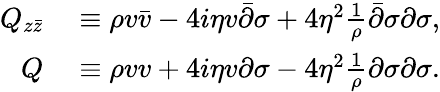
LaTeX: \begin{array}{rl}{Q_{z\bar{z}}}&{{}\equiv\rho v\bar{v}-4i\eta v\bar{\partial}\sigma+4\eta^{2}\frac{1}{\rho}\bar{\partial}\sigma\partial\sigma,}\\ {Q}&{{}\equiv\rho vv+4i\eta v\partial\sigma-4\eta^{2}\frac{1}{\rho}\partial\sigma\partial\sigma.}\end{array}